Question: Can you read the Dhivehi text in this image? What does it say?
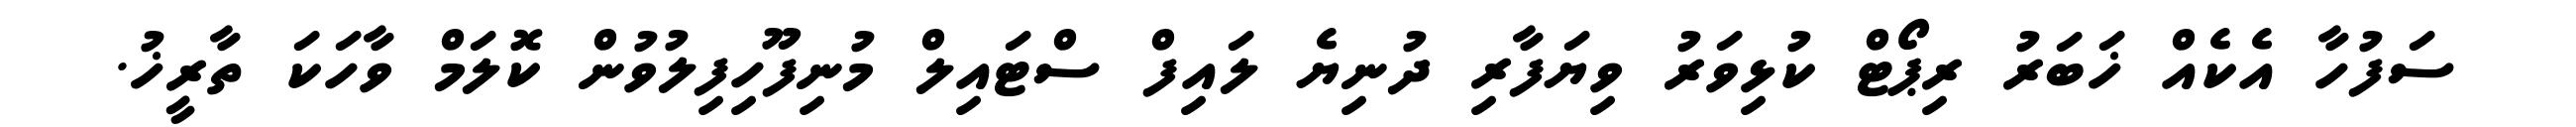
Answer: ސަފުހާ އެކެއް ޚަބަރު ރިޕޯޓް ކުޅިވަރު ވިޔަފާރި ދުނިޔެ ލައިފް ސްޓައިލް މުނިފޫހިފިލުވުން ކޮލަމް ވާހަކަ ތާރީޚު.